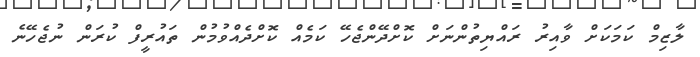
ލާޒިމް ކަމަކަށް ވާއިރު ރައްޔިތުންނަށް ކޮށްދޭންޖެހޭ ކަމެއް ކޮށްދެއްވުމުން ތައުރީފް ކުރަން ނުޖެހޭނެ